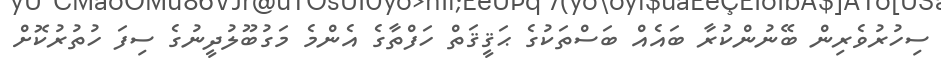
ސިހުރުވެރިން ބޭނުންކުރާ ބައެއް ބަސްތަކުގެ ޙަޤީޤަތް ހަފްތާގެ އެންމެ މަގުބޫލުދީނުގެ ސިފަ ހުތުރުކޮށް